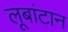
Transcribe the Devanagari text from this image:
लूबांटान